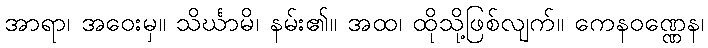
အာရာ၊ အဝေးမှ။ သိင်္ဃာမိ၊ နမ်း၏။ အထ၊ ထိုသို့ဖြစ်လျက်။ ကေနဝဏ္ဏေန၊